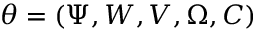
\theta = ( \Psi , W , V , \Omega , C )